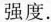
强度.